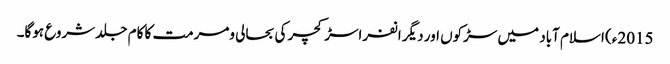
2015ء) اسلام آباد میں سڑکوں اور دیگر انفراسڑکچر کی بحالی ومرمت کا کام جلد شروع ہوگا۔